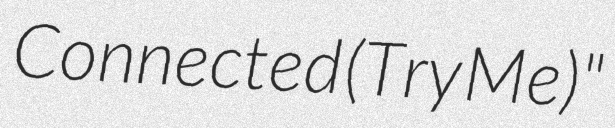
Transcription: Connected (Try Me)"